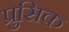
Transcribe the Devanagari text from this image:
प्रुसिक